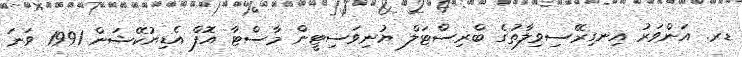
ޑރ. އަންވަރު އިނގިރޭސިވިލާތުގެ ބްރިސްޓަލް ޔުނިވަސިޓީން މާސްޓާ އޮފް އެޑިޔުކޭޝަން 1991 ވަަނަ